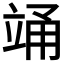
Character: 𮄯